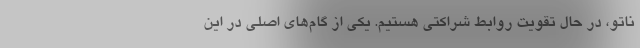
ناتو، در حال تقویت روابط شراکتی هستیم. یکی از گام‌های اصلی در این